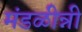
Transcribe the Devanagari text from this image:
मंडळीन्नी